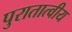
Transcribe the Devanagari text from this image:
पुरातात्वीय